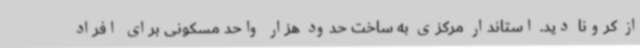
از کرونا دید. استاندار مرکزی به ساخت حدود هزار واحد مسکونی برای افراد